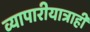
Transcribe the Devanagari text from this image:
व्यापारीयात्राही